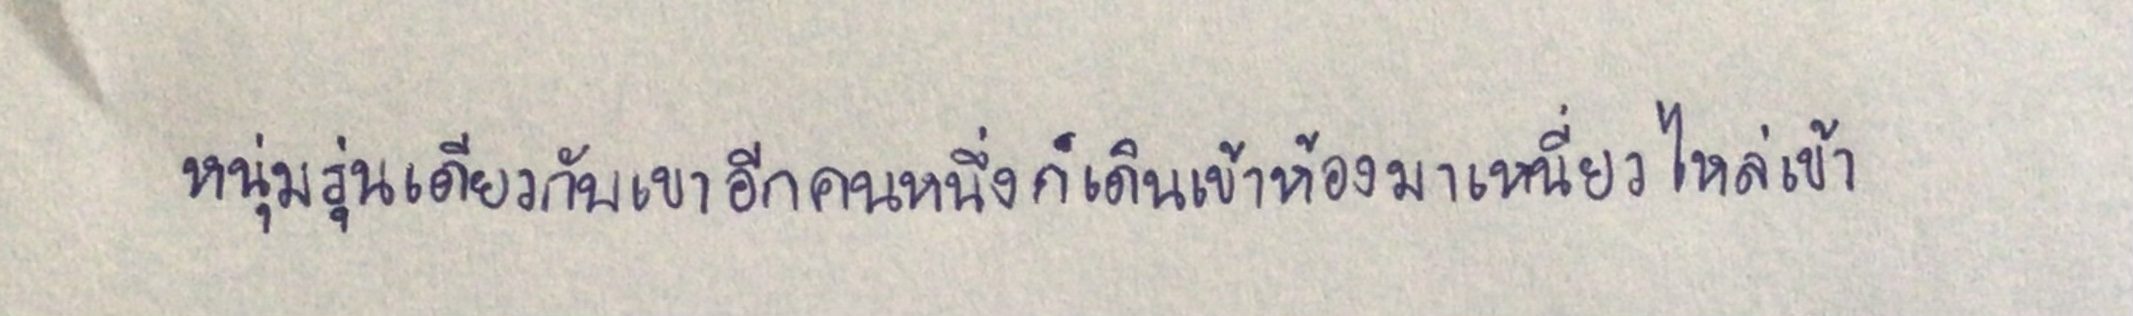
หนุ่มรุ่นเดียวกับเขาอีกคนหนึ่งก็เดินเข้าห้องมาเหนี่ยวไหล่เข้า